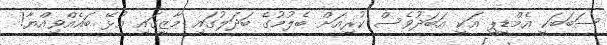
ސަބަބަކީ އެމްޑީޕީ އަކީ އަބަދުވެސް ކުރިއަށް ބެލުމުގެ ބަދަލުގައި މާޒީގައި އުޅޭ ބައެއްވިއްޔާ!